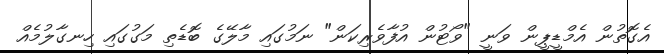
އެގޮތުން އެމްޑީޕީން ވަނީ "ވޯޓުން އުފާވެރިކަން" ނަމުގައި މާލޭގެ ބޮޑެތި މަގުގައި ހިނގާލުމެއް